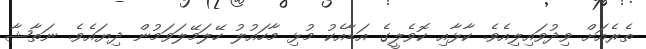
ތެރެއަށް ވިދުވައިލިއެވެ. ކާޅާއި ކޮވެލީގެ އަޑާއެކު މުޅި މާހައުލު ހޭލަމޭލަވަމުން ދިޔައެވެ. ނަތާޝާ